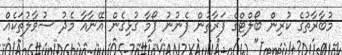
މުބާރާތުގެ ކުރިން ބޯލްޓްގެ ފަރާތުން ފެނުނު ފޯމާ ގުޅިގެން އޭނާއާ މެދު ސުވާލުތަކެއް